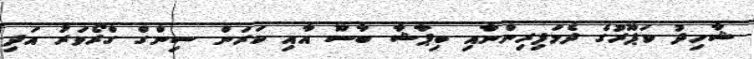
ޝާހިދު ކަޕޫރުގެ ދެމަފިރިންނާއި ބިޕާޝާ ބާސޫ އާއި ކަރަން ސިންގް ގްރޯވަރު އަދި